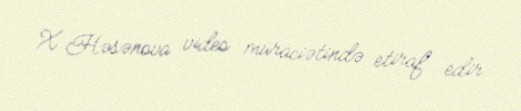
X.Həsənova video müraciətində etiraf edir.